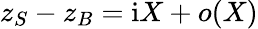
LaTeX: z_{S}-z_{B}=\mathrm{i}X+o(X)